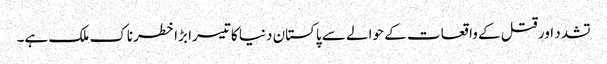
تشدد اور قتل کے واقعات کے حوالے سے پاکستان دنیا کا تیسرا بڑا خطرناک ملک ہے۔